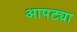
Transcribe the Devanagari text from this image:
आपट्या